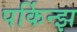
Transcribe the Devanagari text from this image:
पर्किन्झ